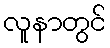
လူနာတွင်